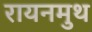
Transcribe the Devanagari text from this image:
रायनमुथ